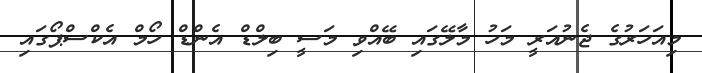
މިއަހަރުގެ ޖެނުއަރީ މަހު މާލޭގައި ބޭއްވި މަސީ ބިލްޑް އެންޑް ހޯމް އެކްސްޕޯގައި